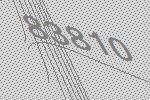
83810